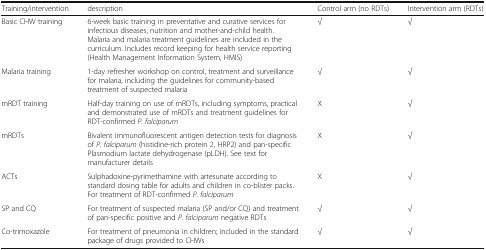
<table><thead><tr><td><b>Training/intervention</b></td><td><b>description</b></td><td><b>Control arm (no RDTs)</b></td><td><b>Intervention arm (RDTs)</b></td></tr></thead><tbody><tr><td>Basic CHW training</td><td>6-week basic training in preventative and curative services for infectious diseases, nutrition and mother-and-child health. Malaria and malaria treatment guidelines are included in the curriculum. Includes record keeping for health service reporting (Health Management Information System, HMIS)</td><td>√</td><td>√</td></tr><tr><td>Malaria training</td><td>1-day refresher workshop on control, treatment and surveillance for malaria, including the guidelines for community-based treatment of suspected malaria</td><td>√</td><td>√</td></tr><tr><td>mRDT training</td><td>Half-day training on use of mRDTs, including symptoms, practical and demonstrated use of mRDTs and treatment guidelines for RDT-confirmed <i>P. falciparum</i></td><td>X</td><td>√</td></tr><tr><td>mRDTs</td><td>Bivalent immunofluorescent antigen detection tests for diagnosis of <i>P. falciparum</i> (histidine-rich protein 2, HRP2) and pan-specific Plasmodium lactate dehydrogenase (pLDH). See text for manufacturer details</td><td>X</td><td>√</td></tr><tr><td>ACTs</td><td>Sulphadoxine-pyrimethamine with artesunate according to standard dosing table for adults and children in co-blister packs. For treatment of RDT-confirmed <i>P. falciparum</i></td><td>X</td><td>√</td></tr><tr><td>SP and CQ</td><td>For treatment of suspected malaria (SP and/or CQ) and treatment of pan-specific positive and <i>P. falciparum</i> negative RDTs</td><td>√</td><td>√</td></tr><tr><td>Co-trimoxazole</td><td>For treatment of pneumonia in children; included in the standard package of drugs provided to CHWs</td><td>√</td><td>√</td></tr></tbody></table>